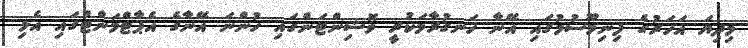
މިދިޔަ އަހަރުގެ ފިނިމޫސުމުގައި އޭނާ ހަނގުރާމަކުރީ ވޮޝިންޓަންގައި ހުންނަ އޭނާގެ އެޕާޓްމަންޓްގައި އެޅި